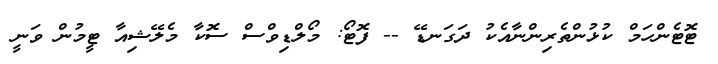
ޓޮޓެންހަމް ކުޅުންތެރިންނާއެކު ދަގަނޑޭ -- ފޮޓޯ: މޯލްޑިވްސް ސޮކާ މެލޭޝިއާ ޓީމުން ވަނީ